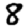
Digit: 8